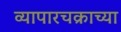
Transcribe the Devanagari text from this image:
व्यापारचक्राच्या